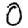
Digit: 0